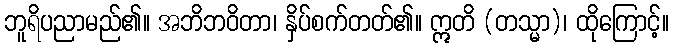
ဘူရိပညာမည်၏။ အဘိဘဝိတာ၊ နှိပ်စက်တတ်၏။ ဣတိ (တသ္မာ)၊ ထိုကြောင့်။